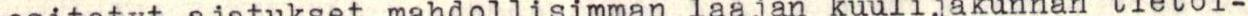
esitetyt ajatukset mahdollisimman laajan kuulijakunnan tietoi-